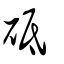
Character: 砥